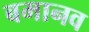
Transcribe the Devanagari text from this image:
बमानव